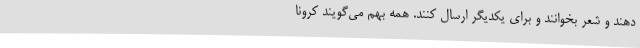
دهند و شعر بخوانند و برای یکدیگر ارسال کنند. همه بهم می‌گویند کرونا